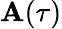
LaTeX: \mathbf{A}(\tau)